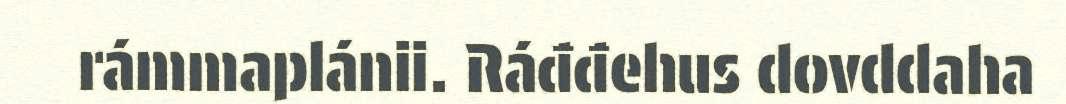
rámmaplánii. Ráđđehus dovddaha